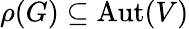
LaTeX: \rho(G)\subseteq{\mathrm{Aut}}(V)